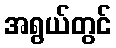
အရွယ်တွင်